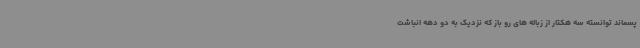
پسماند توانسته سه هکتار از زباله های رو باز که نزدیک به دو دهه انباشت